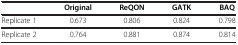
|  | Original | ReQON | GATK | BAQ |
 | --- | --- | --- | --- | --- |
 | Replicate 1 | 0.673 | 0.806 | 0.824 | 0.798 |
 | Replicate 2 | 0.764 | 0.881 | 0.874 | 0.814 |